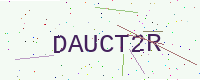
Text: DAUCT2R